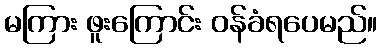
မကြား ဖူးကြောင်း ဝန်ခံရပေမည်။